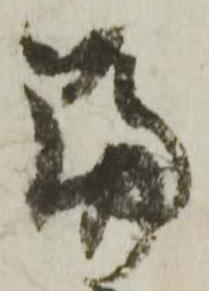
論